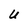
Character: U